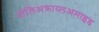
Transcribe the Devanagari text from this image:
पोलिअक्राय्लअमाइड